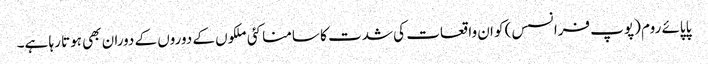
پاپائے روم (پوپ فرانسس) کو ان واقعات کی شدت کا سامنا کئی ملکوں کے دوروں کے دوران بھی ہوتا رہا ہے۔